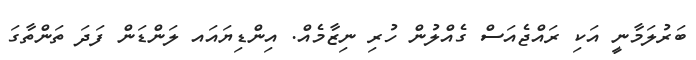
ބަރުލަމާނީ އަކި ރައްޖެއަސް ގެއްލުން ހުރި ނިޒާމެއް. އިންޑިޔައައ ލަންޑަން ފަދަ ތަންތާގަ